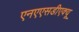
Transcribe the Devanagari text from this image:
एनएएसडीएक्यू